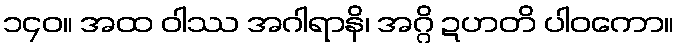
၁၄၀။ အထ ဝါဿ အဂါရာနိ၊ အဂ္ဂိ ဍဟတိ ပါဝကော။